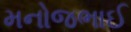
મનોજભાઈ